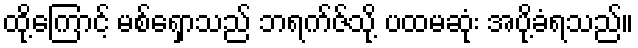
ထို့ကြောင့် မစ်ရှောသည် ဘရက်ဇ်သို့ ပထမဆုံး အပို့ခံရသည်။